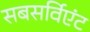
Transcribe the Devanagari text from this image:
सबसर्विएंट